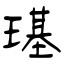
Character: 璂